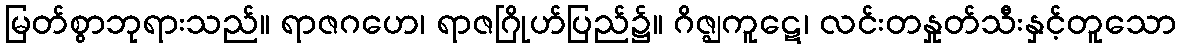
မြတ်စွာဘုရားသည်။ ရာဇဂဟေ၊ ရာဇဂြိုဟ်ပြည်၌။ ဂိဇ္ဈကူဋေ၊ လင်းတနှုတ်သီးနှင့်တူသော